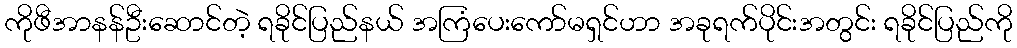
ကိုဖီအာနန်ဦးဆောင်တဲ့ ရခိုင်ပြည်နယ် အကြံပေးကော်မရှင်ဟာ အခုရက်ပိုင်းအတွင်း ရခိုင်ပြည်ကို